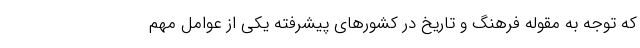
که توجه به مقوله فرهنگ و تاریخ در کشورهای پیشرفته یکی از عوامل مهم